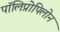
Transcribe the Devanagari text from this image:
पॉलिप्रोपिलोन